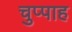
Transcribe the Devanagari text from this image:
चुप्पाह